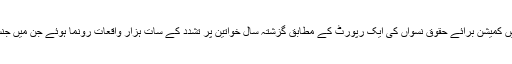
آبادی کے لحاظ سے پاکستان کے سب سے بڑے صوبے پنجاب میں کمیشن برائے حقوقِ نسواں کی ایک رپورٹ کے مطابق گزشتہ سال خواتین پر تشدد کے سات ہزار واقعات رونما ہوئے جن میں جنسی زیادتی کے واقعات کی تعداد لگ بھگ دو ہزار کے قریب تھی۔